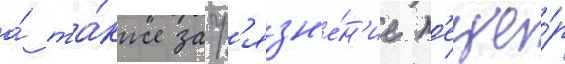
а́ та́кже загр'язн'е́н'ие п'еще́р